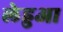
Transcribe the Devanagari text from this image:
लेहुआ